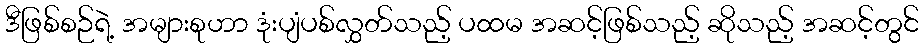
ဒီဖြစ်စဉ်ရဲ့ အများစုဟာ ဒုံးပျံပစ်လွှတ်သည့် ပထမ အဆင့်ဖြစ်သည့် ဆိုသည့် အဆင့်တွင်